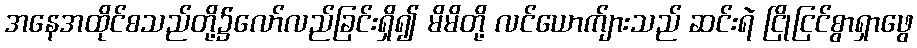
အနေအထိုင်စသည်တို့၌လော်လည်ခြင်းရှိ၍ မိမိတို့ လင်ယောက်ျားသည် ဆင်းရဲ ငြိုငြင်စွာရှာဖွေ